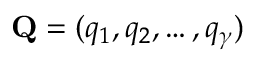
\mathbf { Q } = ( q _ { 1 } , q _ { 2 } , \ldots , q _ { \gamma } )